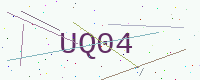
Text: UQ04